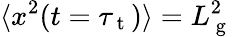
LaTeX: \langle x^{2}(t=\tau_{\mathrm{~t~}})\rangle=L_{\mathrm{~g~}}^{2}